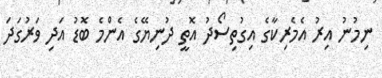
ނިމުނު އިރު އެމެރިކާގެ އިގުތިސޯދު އޮތީ ދުނިޔޭގެ އެންމެ ބޮޑު އަދި ވަރުގަދަ